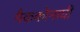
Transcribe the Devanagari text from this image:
मैककोनाघी